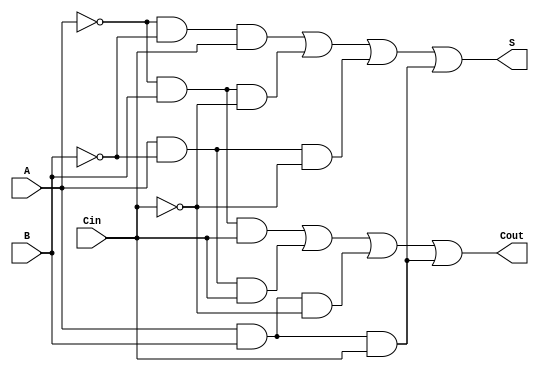
/*
Somador completo
*/
module sum_complete(S, Cout, A, B, Cin);
input A, B, Cin;
output S, Cout;

wire Out_And0, Out_And1, Out_And2, Out_And3, Out_And4, Out_And5, Out_And6, Out_And7;

wire A_Inv, B_Inv, Cin_Inv;

not Inv0(A_Inv, A);
not Inv1(B_Inv, B);
not Inv2(Cin_Inv, Cin);

// sada S
and And0(Out_And0, A_Inv, B_Inv, Cin);
and And1(Out_And1, A_Inv, B, Cin_Inv);
and And2(Out_And2, A, B_Inv, Cin_Inv);
and And3(Out_And3, A, B, Cin);
or Or1(S, Out_And0, Out_And1, Out_And2, Out_And3);

// sada Cout
and And4(Out_And4, A_Inv, B, Cin);
and And5(Out_And5, A, B_Inv, Cin);
and And6(Out_And6, A, B, Cin_Inv);
and And7(Out_And7, A, B, Cin);
or Or2(Cout, Out_And4, Out_And5, Out_And6, Out_And7);
endmodule